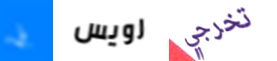
بي رويس تخرجي